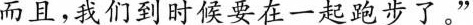
而且，我们到时候要在一起跑步了。”